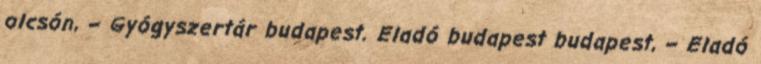
olcsón, – Gyógyszertár budapest. Eladó budapest budapest, – Eladó